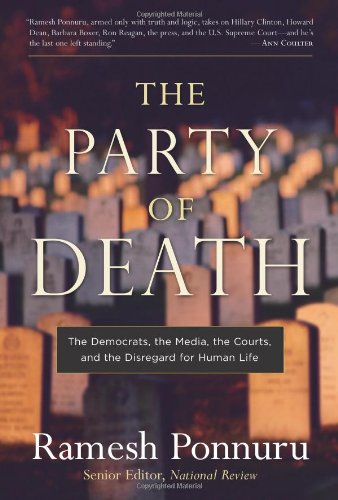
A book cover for The Party of Death: The Democrats, the Media, the Courts, and the Disregard for Human Life; Ramesh Ponnuru; Medical Books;